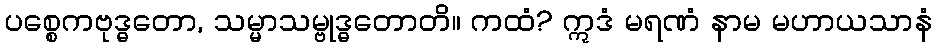
ပစ္စေကဗုဒ္ဓတော, သမ္မာသမ္ဗုဒ္ဓတောတိ။ ကထံ? ဣဒံ မရဏံ နာမ မဟာယသာနံ